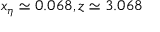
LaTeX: x _ { \eta } \simeq 0 . 0 6 8 , z \simeq 3 . 0 6 8